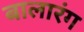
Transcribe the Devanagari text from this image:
बालारंग